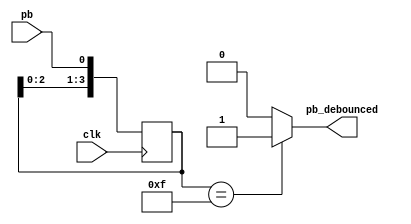
module debounce(pb_debounced, pb, clk);

  output    pb_debounced; 
  input     pb;          
  input     clk;         
  
  reg [3:0] shift_reg;   
  
  always @(posedge clk) begin
    shift_reg[3:1] <= shift_reg[2:0];
    shift_reg[0] <= pb;
  end

  assign pb_debounced = ((shift_reg == 4'b1111) ? 1'b1 : 1'b0);

endmodule